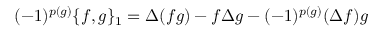
( - 1 ) ^ { p ( g ) } \{ f , g \} _ { 1 } = \Delta ( f g ) - f \Delta g - ( - 1 ) ^ { p ( g ) } ( \Delta f ) g